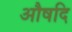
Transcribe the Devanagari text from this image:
औषदि